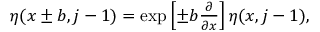
\begin{array} { r } { \eta ( x \pm b , j - 1 ) = \exp \left[ \pm b \frac { \partial } { \partial x } \right] \eta ( x , j - 1 ) , } \end{array}